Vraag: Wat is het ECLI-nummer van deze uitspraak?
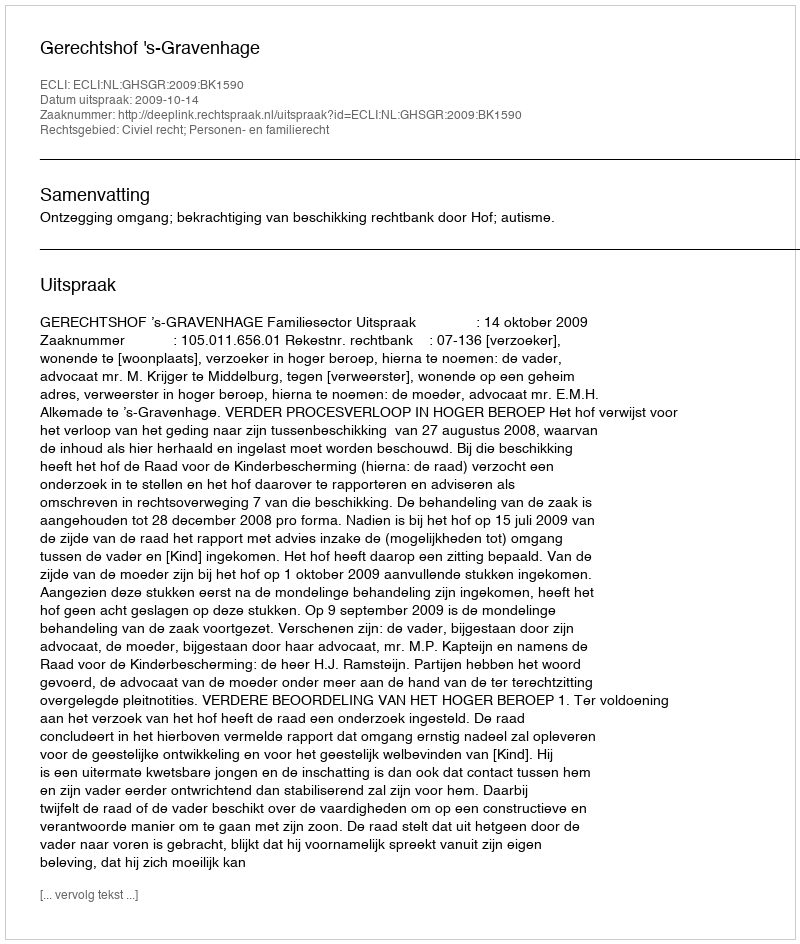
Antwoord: ECLI:NL:GHSGR:2009:BK1590